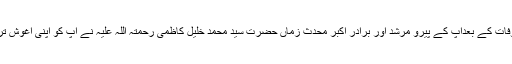
والد گرامی کی وفات کے بعدآپ کے پیرو مرشد اور برادر اکبر محدث زماں حضرت سید محمد خلیل کاظمی رحمتہ اللہ علیہ نے آپ کو اپنی آغوش تربیت میں لے لیا۔